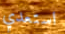
استعدي